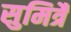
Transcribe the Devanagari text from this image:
सुमित्रै